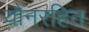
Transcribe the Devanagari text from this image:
यौनरहित